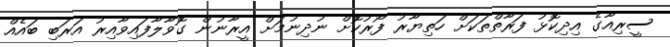
ސީރިއާގެ އިދިކޮޅު ފަރާތްތަކަށް ހަތިޔާރު ފޯރުކޮށް ނުދިނުމަށް އީރާނުން ގޮވާލާފައިވާއިރު އަރަބި ބައެއް